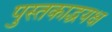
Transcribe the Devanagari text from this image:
पुस्तकाद्धयक्ष